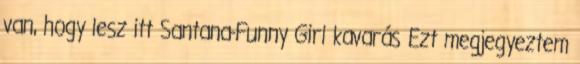
van, hogy lesz itt Santana-Funny Girl kavarás Ezt megjegyeztem